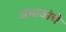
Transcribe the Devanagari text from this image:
अमाजांचे